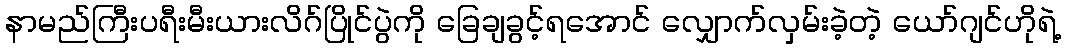
နာမည်ကြီးပရီးမီးယားလိဂ်ပြိုင်ပွဲကို ခြေချခွင့်ရအောင် လျှောက်လှမ်းခဲ့တဲ့ ယော်ဂျင်ဟိုရဲ့